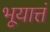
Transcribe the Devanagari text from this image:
भूयात्तं